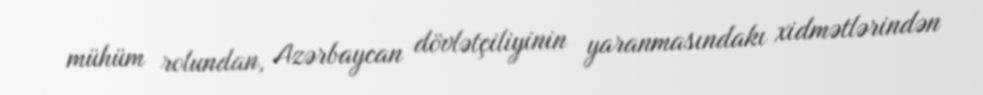
mühüm rolundan, Azərbaycan dövlətçiliyinin yaranmasındakı xidmətlərindən